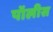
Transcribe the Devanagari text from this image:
पॉलीस